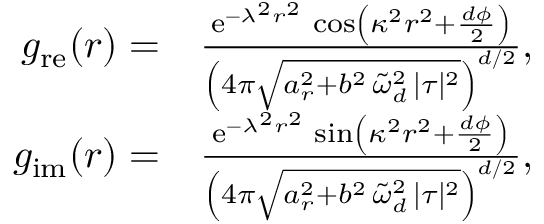
\begin{array} { r l } { g _ { \mathrm { r e } } ( r ) = } & { \frac { \mathrm { e } ^ { - \lambda ^ { 2 } r ^ { 2 } } \, \cos \left( \kappa ^ { 2 } r ^ { 2 } + \frac { d \phi } { 2 } \right) } { \left( 4 \pi \sqrt { a _ { r } ^ { 2 } + b ^ { 2 } \, \tilde { \omega } _ { d } ^ { 2 } \, \lvert \tau \rvert ^ { 2 } } \right) ^ { d / 2 } } , } \\ { g _ { \mathrm { i m } } ( r ) = } & { \frac { \mathrm { e } ^ { - \lambda ^ { 2 } r ^ { 2 } } \, \sin \left( \kappa ^ { 2 } r ^ { 2 } + \frac { d \phi } { 2 } \right) } { \left( 4 \pi \sqrt { a _ { r } ^ { 2 } + b ^ { 2 } \, \tilde { \omega } _ { d } ^ { 2 } \, \lvert \tau \rvert ^ { 2 } } \right) ^ { d / 2 } } , } \end{array}